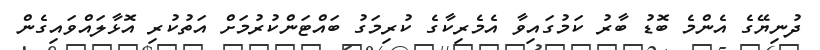
ދުނިޔޭގެ އެންމެ ބޮޑު ބާރު ކަމުގައިވާ އެމެރިކާގެ ކުރިމަގު ބައްޓަންކުރުމަށް އަތުކުރި އޮޅާލައްވައިގެން